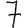
Digit: 7